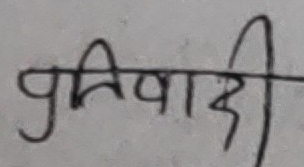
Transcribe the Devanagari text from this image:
प्रतिवादी